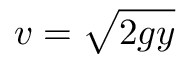
v = { \sqrt { 2 g y } }